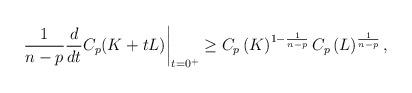
LaTeX: \begin{align*} \frac{1}{n-p}\frac{d}{dt} C_p(K+tL)\bigg|_{t=0^+} \geq C_{p}\left(K\right)^{1-\frac{1}{n-p}} C_{p}\left(L\right)^\frac{1}{n-p},\end{align*}